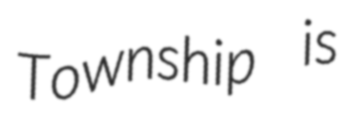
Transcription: Township is